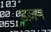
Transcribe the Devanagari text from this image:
डज़न